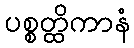
ပစ္စတ္ထိကာနံ